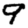
Digit: 9